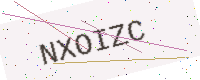
Text: NXOIZC